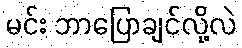
မင်း ဘာပြောချင်လို့လဲ